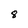
Character: 8